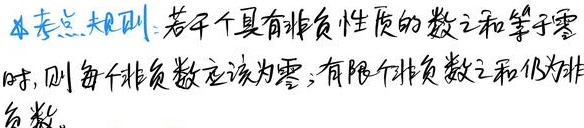
本考点规则：若干个具有非负性质的数之和等于零
时，则每个非负数应该为零；有限个非负数之和仍为非
负数。